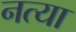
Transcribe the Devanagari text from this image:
नत्या